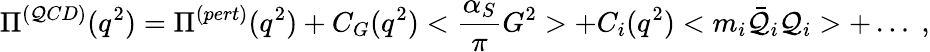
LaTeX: \Pi^{(\mathcal{Q}CD)}(q^{2})=\Pi^{(pert)}(q^{2})+C_{G}(q^{2})<\frac{{\alpha_{S}}}{{\pi}}G^{2}>+C_{i}(q^{2})<m_{i}\bar{{\mathcal{Q}}}_{i}\mathcal{Q}_{i}>+\dots\; ,